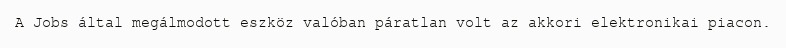
A Jobs által megálmodott eszköz valóban páratlan volt az akkori elektronikai piacon.